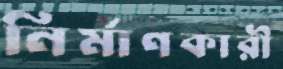
নির্মাণকারী